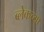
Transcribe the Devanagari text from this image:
ब्लेकच्या